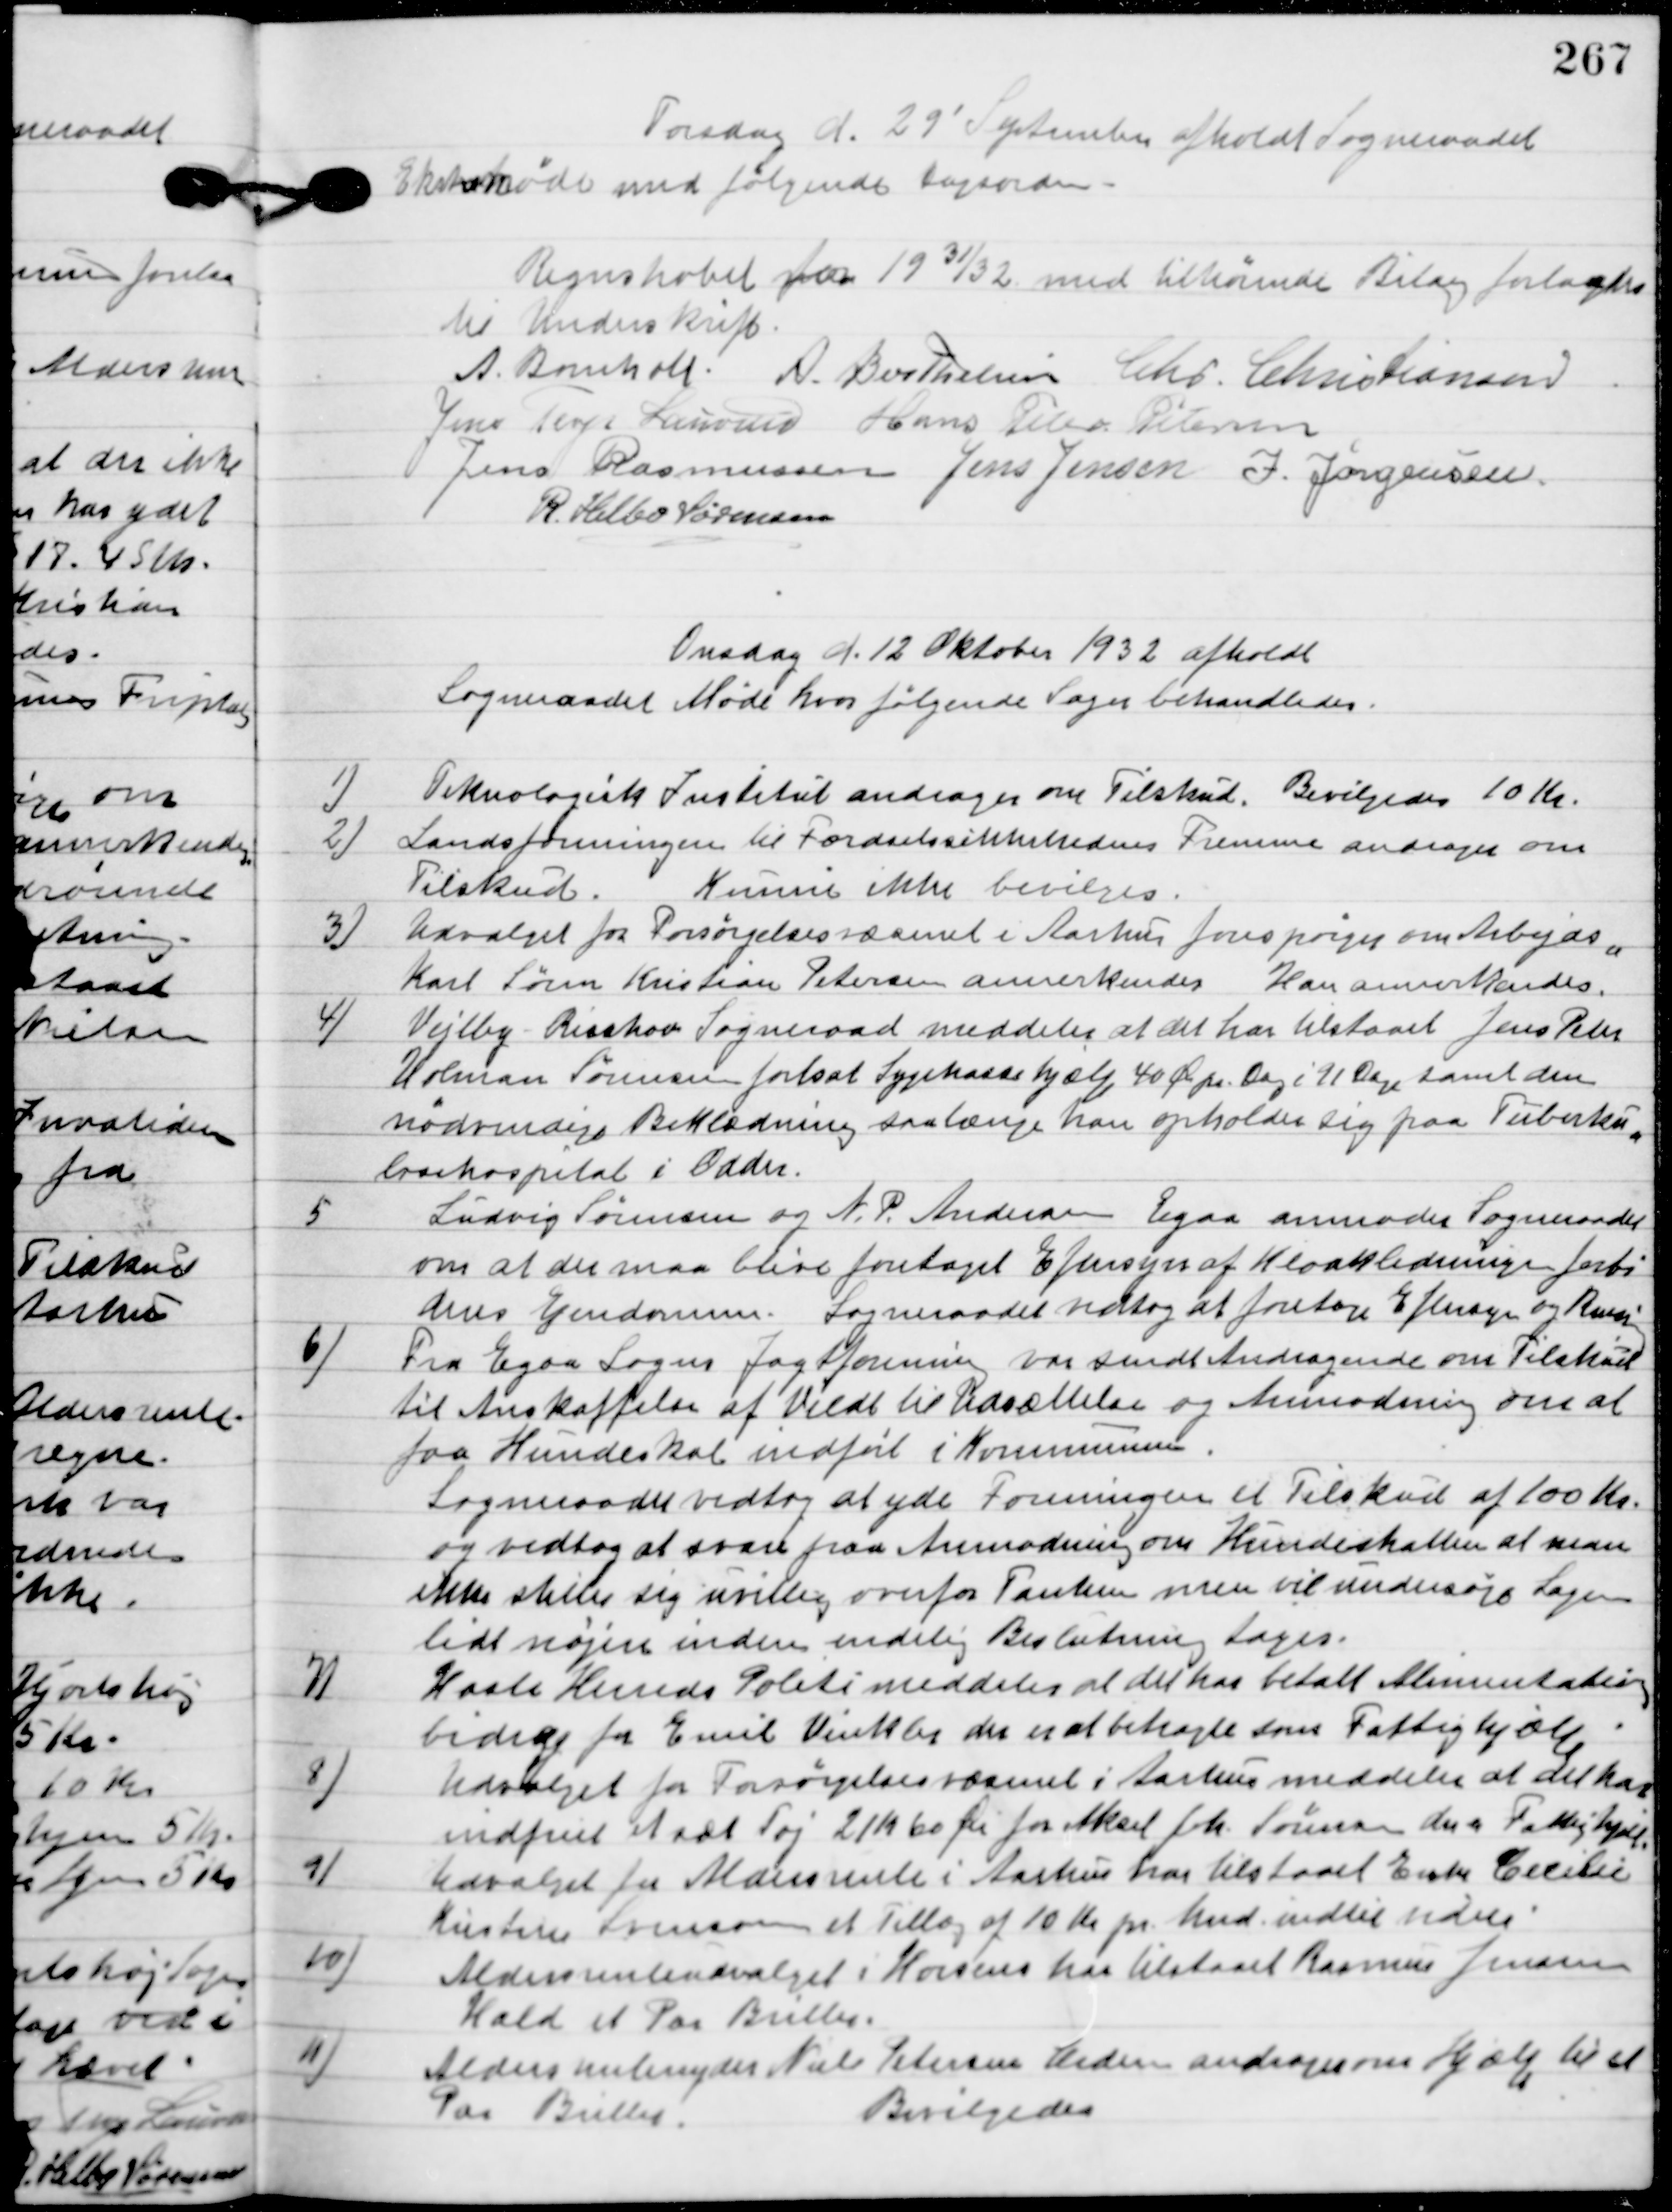
Transskription:
Torsdag d. 29.´September afholdt Sogneraadet
ekstra Møde hvor følgende Sager behandledes.

Regnskabet for 1931/32 med tilhørende Bilag forlagtes
til Underskrift.

A. Bomholt
A. Berthelsen
Chr. Christiansen,
Jens Terp Laursen
Hans Peter Pedersen
Jens Rasmussen
Jens Jensen
J. Jørgensen
R. Helbo Sørensen

Onsdag d. 12. Oktober 1932 afholdt
Sogneraadet Møde hvor følgende Sager behandledes.

1

Teknologisk Institut andrager om Tilskud.
Bevilgedes 10 Kr.

2.

Landsforeningen til færdselssikkerhedens Fremme andrager om
Tilskud.
Kunne ikke bevilgedes.

3.

Udvalget for Forsørgelsesvæsenet i Aarhus forespørger om Arbejds-
karl Søren Kristian Petersen annerkendes.
Han annerkendes.

4

Vejlby-Risskov Sogneraad meddeler at det har tilstaaet Jens Peter
Uleman Sørensen forsat Sygekassehjælp 40 Øre pr. Dag samt den
nødvendige Beklædning saalænge han opholder sig paa Tuberku-
losehospital i Odder.

5.

Ludvig Sørensen og A. P. Andersen Egaa anmoder Sogneraadet
om at der maa blive foretaget Eftersyn af Kloakledningen forbi
deres Ejendomme.
Sogneraadet vedtog at foretage Eftersyn og Rensning.

6

Fra Egaa Sogns Jagtforening var sende Andragende om Tilskud
til Anskaffelse af vildt til Udsættelse og Anmodning om at
faa Hundeskat indført i Kommunen.
Sogneraadet vedtog at yde foreningen et Tilskud af 100 Kr.
og vedtog at svare paa Anmodningen om hundeskatten at man
ikke stiller sig uvillig overfor Tanken men vil undersøge Sagen
lidt nøjere inden endelig Bestemmelse Tages.

7

Hasle Herreds Politi meddeler at det har betalt Alimentations-
bidrag for Emil Vinkler der er at betragtes som Fattighjælp.

8

Udvalget for Forsørgelsesvæsenet i Aarhus meddeler at det har
indfriet et sæt Tøj 21 Kr. 60 Øre for Aksel Jab. Sørensen der er Fattighjælp.

9

Udvalget for Aldersrente i Aarhus har tilstaaet Ester Cecilie
Kristine Sørensen et Tillæg af 10 Kr. pr. Mnd.  Indtil videre.

10

Aldersrenteudvalget i Horsens har tilstaaet Rasmus Jensen
Hald et Par Briller.

11

Aldersrentenyder Nils Petersen Anders andrager om Hjælp til et
Par Briller.
Bevilgedes.